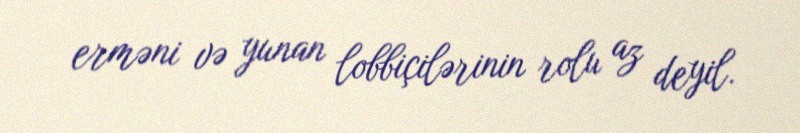
erməni və yunan lobbiçilərinin rolu az deyil.